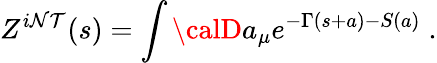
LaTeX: Z^{i\mathcal{N}\mathcal{T}}(s)=\int{\calD}a_{\mu}e^{-\Gamma(s+a)-S(a)}\; .